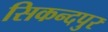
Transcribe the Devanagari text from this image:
सिकन्दपुर